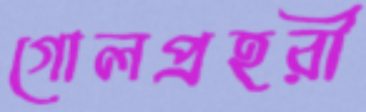
গোলপ্রহরী